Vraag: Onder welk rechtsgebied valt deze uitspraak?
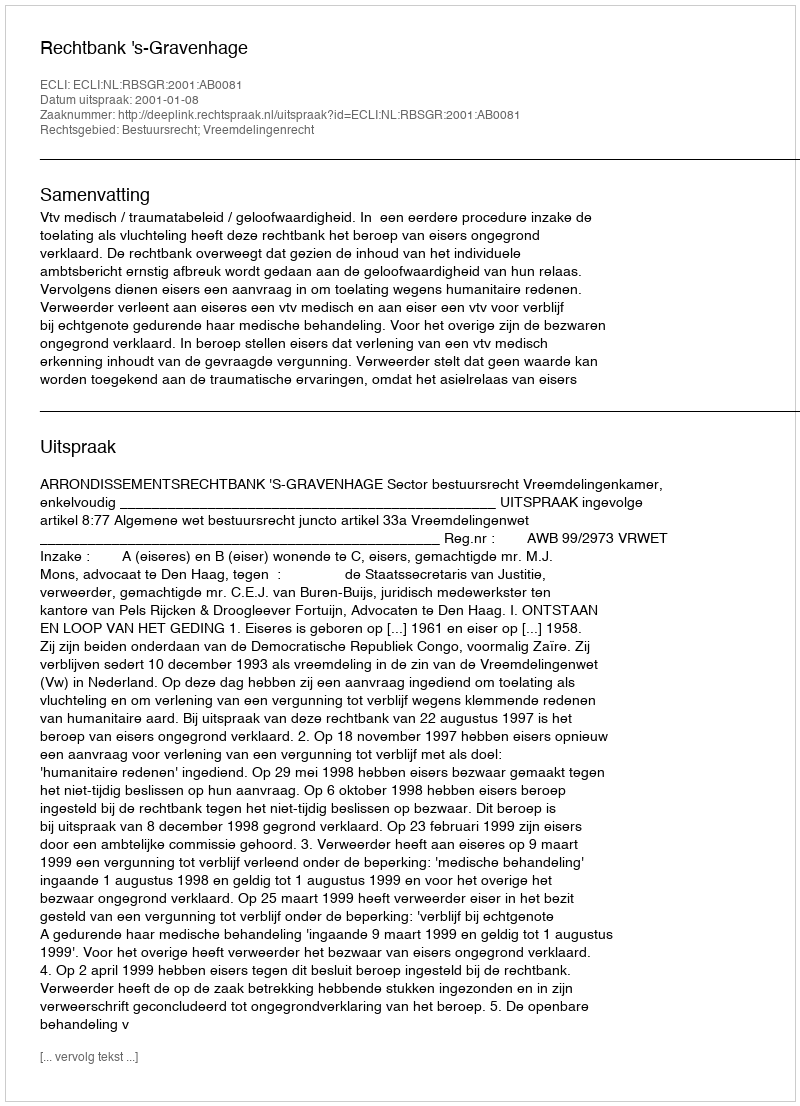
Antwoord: Bestuursrecht; Vreemdelingenrecht